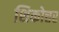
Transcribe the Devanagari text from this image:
शिकोत्तर